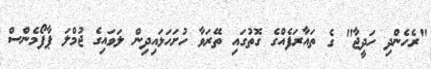
"ރެހެންދި ހަދީޖާ" ގެ ތައާރަފެއްގެ ގޮތުގައި ތޭރަވާ ހުށަހަޅައިދިން ލަވައިގެ ޖުމްލަ ޕާފޯމެންސް